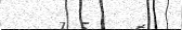
٣٢